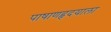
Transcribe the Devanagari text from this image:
पाषाणहृदयाला